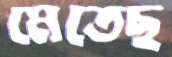
মেতেছ